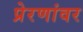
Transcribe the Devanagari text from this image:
प्रेरणांवर